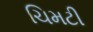
ચિમટી